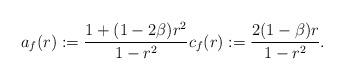
LaTeX: \begin{align*} a_f(r):=\dfrac{1+(1-2\beta)r^2}{1-r^2} c_f(r):= \dfrac{2(1-\beta)r}{1-r^2}.\end{align*}